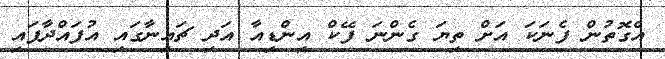
އެގޮތުން ފެނަކަ އަށް ތިޔަ ގެންނަ ފޭކް އިންޑިއާ އަދި ޗައިނާގައި އުފައްދާފައި